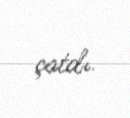
çatdı.